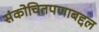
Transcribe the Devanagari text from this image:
संकोचितपणाबद्दल